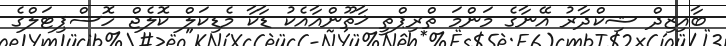
ބާއިޒިދް ޝިކްދާރު އޭނާގެ މަންމަ ތްރިޕްތީ ޚާތޫންއާއެކު ޑާކާ މެޑިކަލް ކޮލެޖް ހޮސްޕިޓަލްގެ